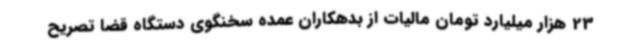
23 هزار میلیارد تومان مالیات از بدهکاران عمده سخنگوی دستگاه قضا تصریح